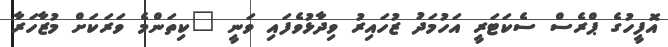
އޮފީހުގެ ޕްރެސް ސެކަޓަރީ އަހުމަދު ޒުހައިރު ވިދާޅުވެފައި ވަނީ "ކިތަންމެ ވަރަކަށް މުޒާހަރާ